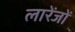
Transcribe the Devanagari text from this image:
लारेंजों